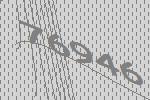
76946